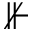
\nVdash